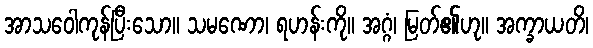
အာသဝေါကုန်ပြီးသော။ သမဏော၊ ရဟန်းကို။ အဂ္ဂံ၊ မြတ်၏ဟု။ အက္ခာယတိ၊